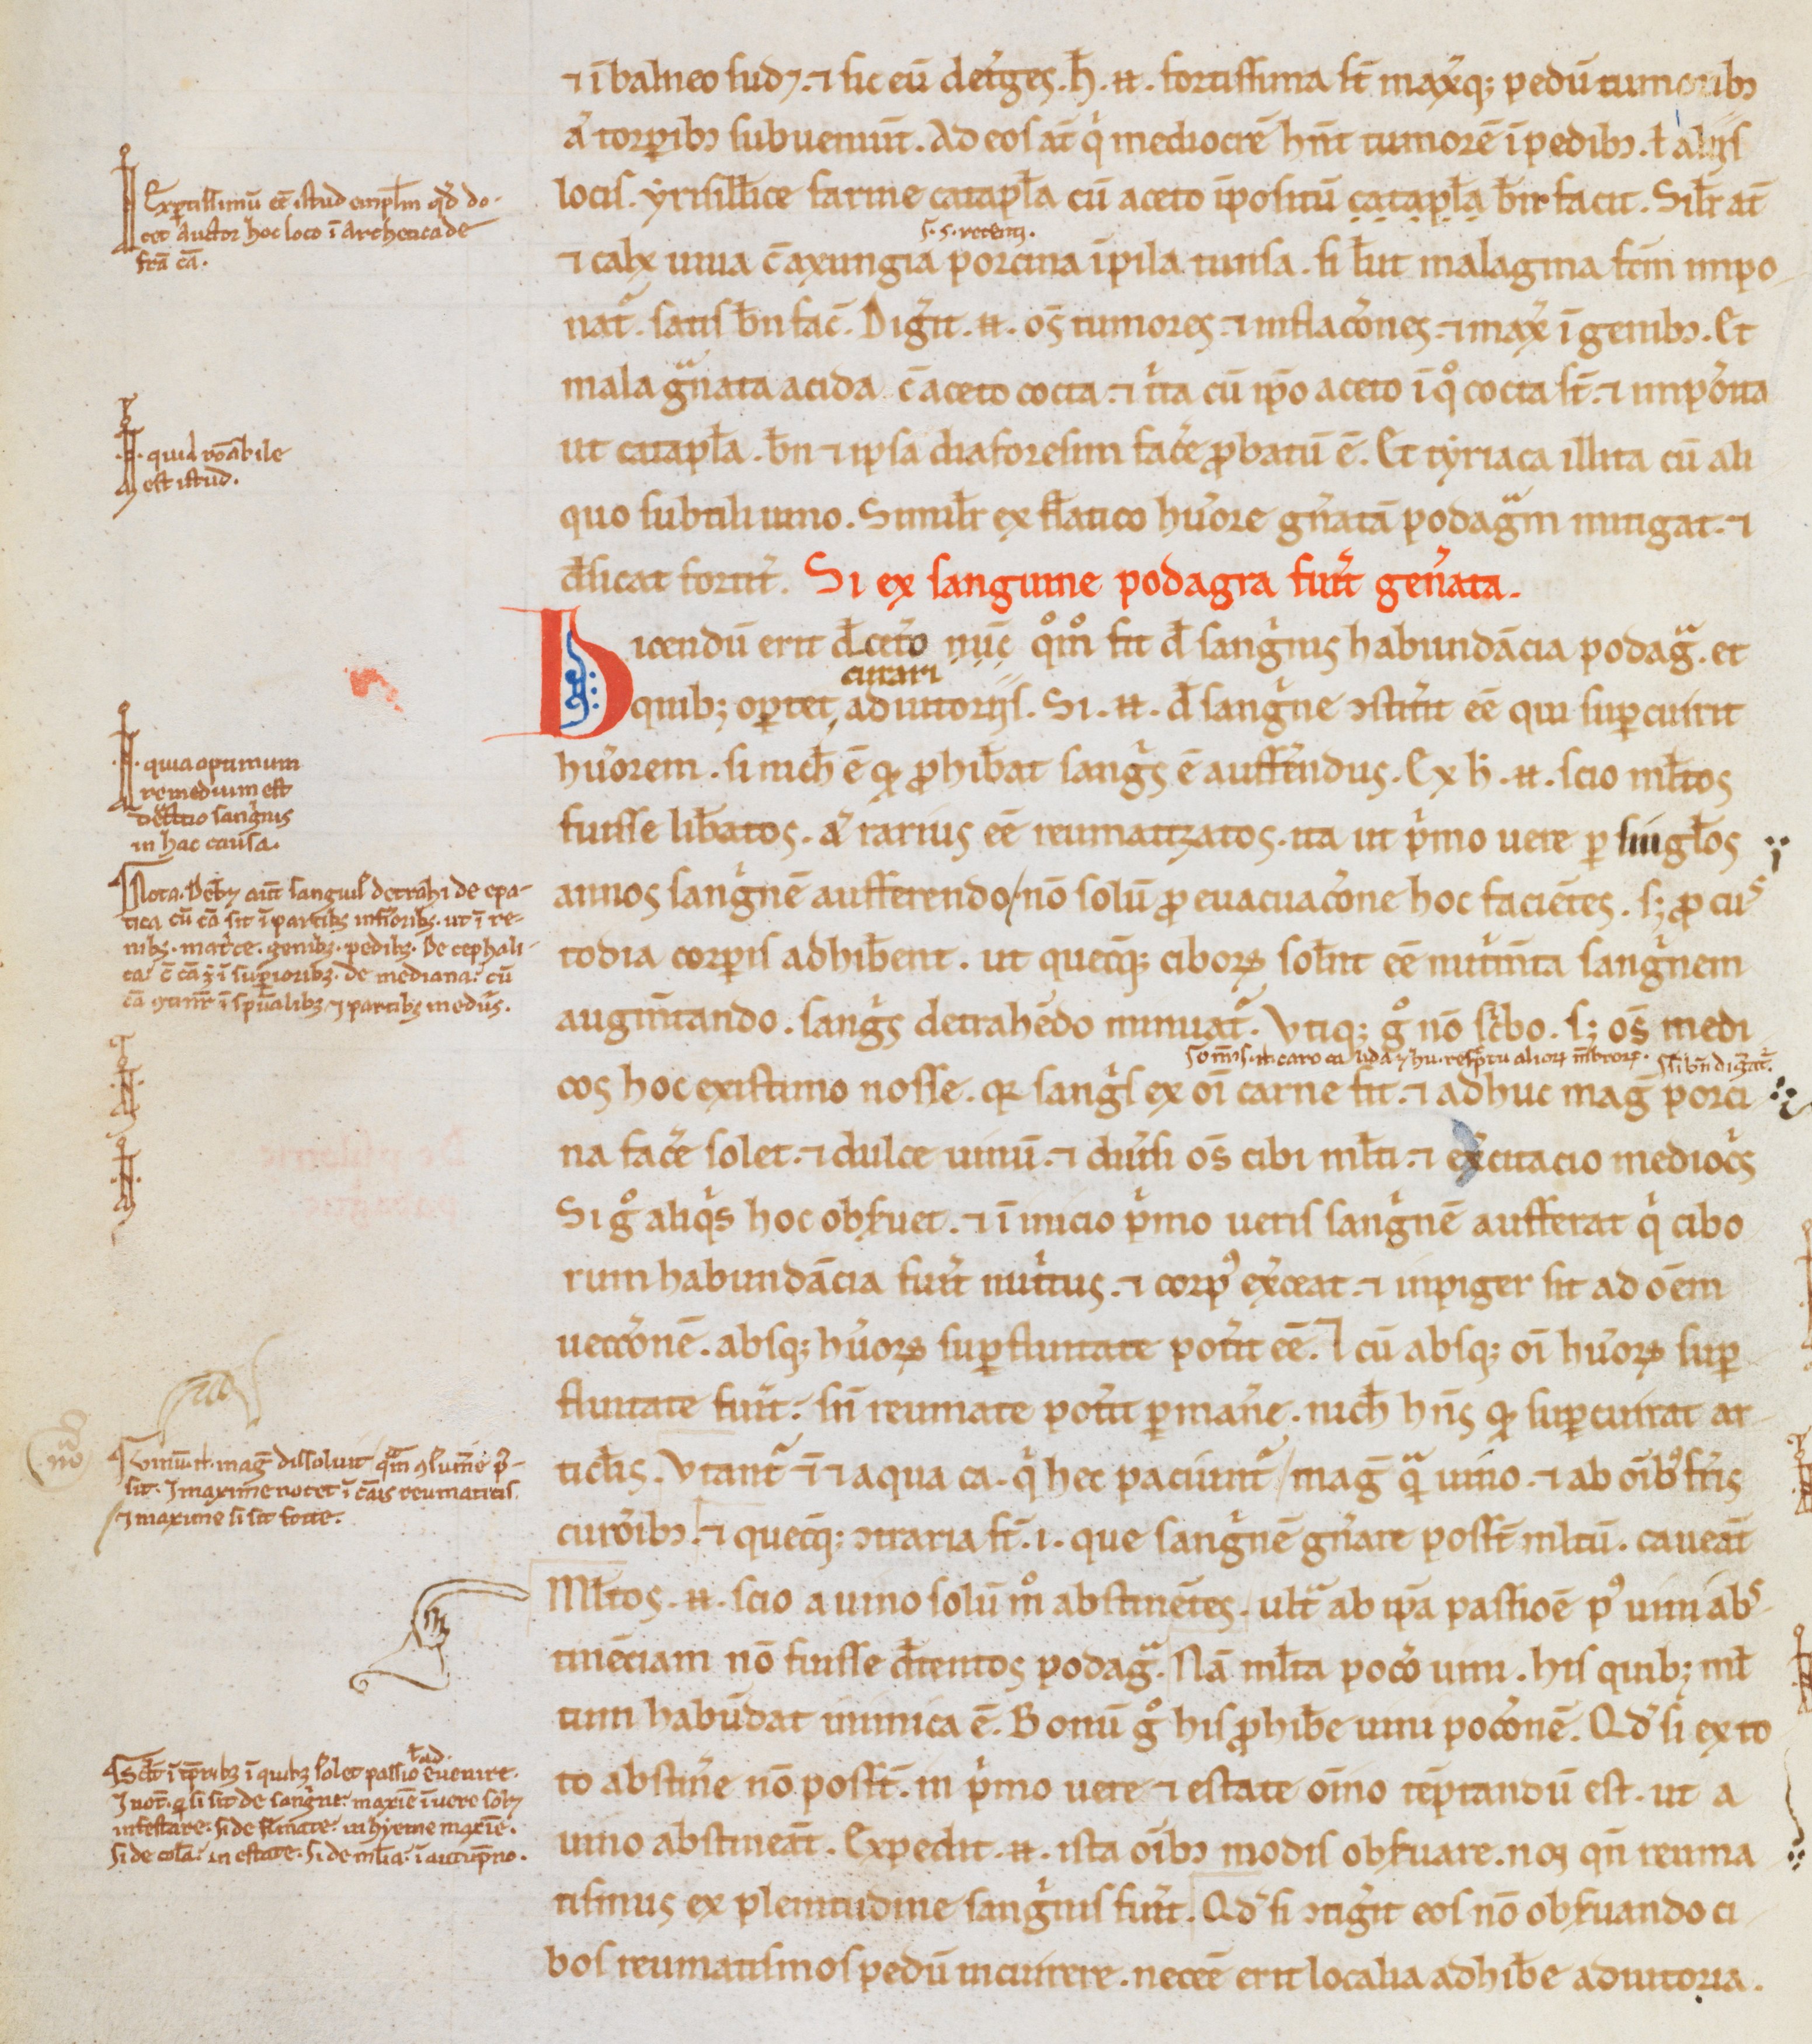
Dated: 1200–1299